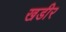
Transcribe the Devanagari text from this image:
खडीर